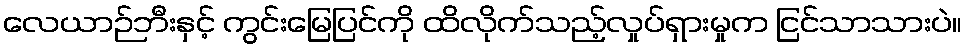
လေယာဉ်ဘီးနှင့် ကွင်းမြေပြင်ကို ထိလိုက်သည့်လှုပ်ရှားမှုက ငြင်သာသားပဲ။